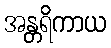
အန္တရိကာယ